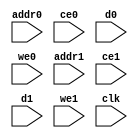
module my_video_filter_line_buffers_val_0_ram (addr0, ce0, d0, we0, addr1, ce1, d1, we1,  clk);

parameter DWIDTH = 8;
parameter AWIDTH = 13;
parameter MEM_SIZE = 5760;

input[AWIDTH-1:0] addr0;
input ce0;
input[DWIDTH-1:0] d0;
input we0;
input[AWIDTH-1:0] addr1;
input ce1;
input[DWIDTH-1:0] d1;
input we1;
input clk;

(* ram_style = "block" *)reg [DWIDTH-1:0] ram[MEM_SIZE-1:0];




always @(posedge clk)  
begin 
    if (ce0) 
    begin
        if (we0) 
        begin 
            ram[addr0] <= d0; 
        end 
    end
end


always @(posedge clk)  
begin 
    if (ce1) 
    begin
        if (we1) 
        begin 
            ram[addr1] <= d1; 
        end 
    end
end


endmodule